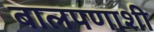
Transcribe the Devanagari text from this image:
बालपणाशी